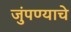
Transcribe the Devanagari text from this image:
जुंपण्याचे